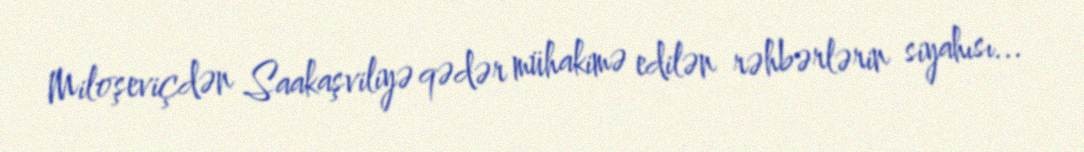
Miloşeviçdən Saakaşviliyə qədər mühakimə edilən rəhbərlərin siyahısı...